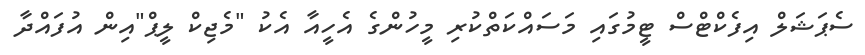
ސެޕަޝަލް އިފެކްޓްސް ޓީމުގައި މަސައްކަތްކުރި މީހުންގެ އެހީއާ އެކު "މެޖިކް ލީޕް"އިން އުފައްދާ